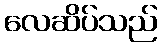
လေဆိပ်သည်